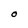
Character: O